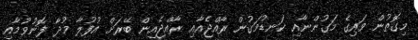
މިގޮތުން ވައިގެ މަގުންނާއި ކަނޑުމަގުން ރާއްޖެއާއި ރާއްޖެއިން ބޭރަށް އުފުލާ މުދާ ފޮނުވުމާއި